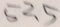
5 2 . 5